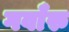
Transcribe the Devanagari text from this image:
गवाँरु